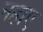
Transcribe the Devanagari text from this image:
नहाए